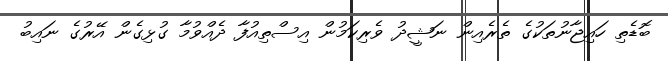
ބޮޑެތި ހައިޖާނުތަކުގެ ތެރެއިން ނަޝީދު ވެރިކަމުން އިސްތިއުފާ ދެއްވުމާ ގުޅިގެން އޭރުގެ ނައިބު